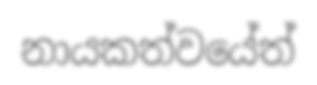
නායකත්වයේත්